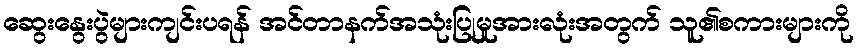
ဆွေးနွေးပွဲများကျင်းပရန် အင်တာနက်အသုံးပြုမှုအားလုံးအတွက် သူ၏စကားများကို